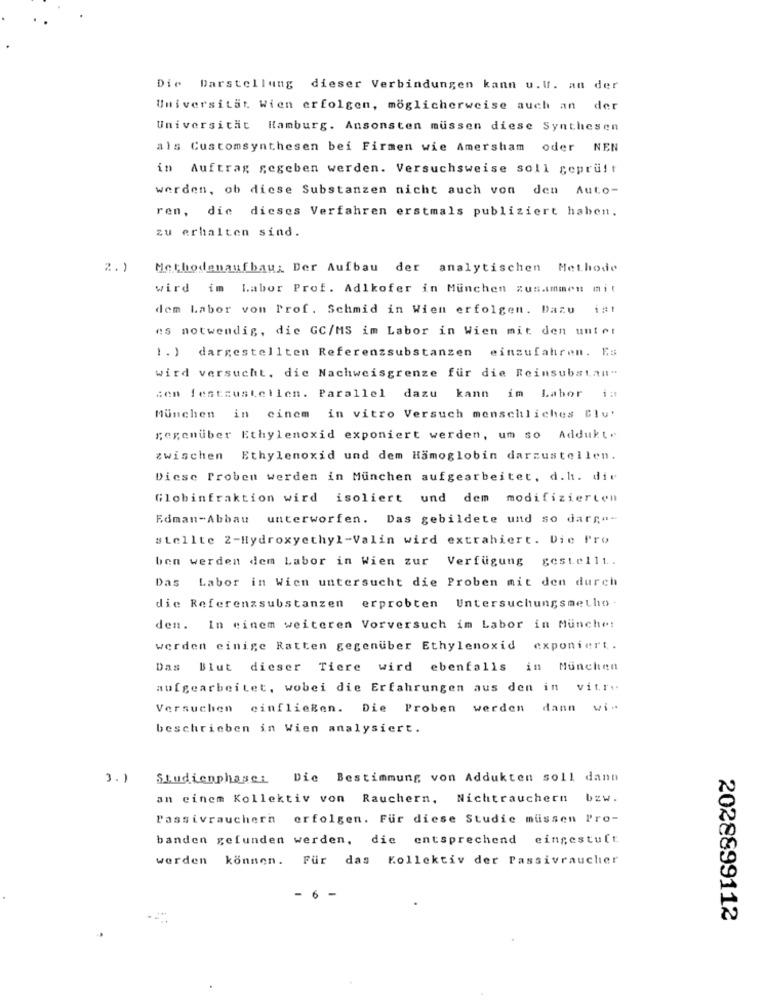
Die Darstellung dieser Verbindungen kann u.u. an der
Universität Wien erfolgen, möglicherweise auch an der
Universität Hamburg. Ansonsten mussen diese Synthesen
als Customsynthesen bei Firmen wie Amersham oder NEN
in
Auftrag gegeben werden. Versuchsweise soll geprüft
werden, ob diese Substanzen nicht auch von den Auto-
ren, die dieses Verfahren erstmals publiziert haben.
zu erhalten sind.
2.)
Methodenaufbau; Der Aufbau der analytischen Methode
wird im Labor Prof. Adlkofer in Munchen zusammen mit
dem Labor von Prof. Schmid in Wien erfolgen. Dazu ist
es notwendig, die GC/MS im Labor in Wien mit den unter
1. ) dargestellten Referenzsubstanzen einsufahren. Es
wird versucht, die Nachweisgrenze für die Reinsubstan"
con festzustellen. Parallel dazu kann im Labor ia
München in cinem in vitro Versuch menschliches Clu'
gegenüber Ethylenoxid exponiert werden, um so Addukt.
zwischen Ethylenoxid und dem Hämoglobin darzustellen.
Diese Proben werden in München aufgearbeitet, d.h. die
Globinfraktion wird isoliert und dem modifizierten
Edman-Abbau unterworfen. Das gebildete und so dar;"-
stellte 2-Hydroxyethyl-Valin wird extrahiert. Die Pro
ben werden dem Labor in Wien zur Verfügung gestellt.
Das
Labor in Wien untersucht die Proben mit den durch
die Referenzsubstanzen
erprobten Untersuchungsmetho
den. In einem weiteren Vorversuch im Labor in Munche!
werden einige Ratten gegenüber Ethylenoxid
exponiert.
Das Blut dieser Tiere wird ebenfalls in Munchen
aufgearbeitet, wobei die Erfahrungen aus den in vitry
Versuchen einfließen.
Die Proben werden dann
wi ..
beschrieben in Wien analysiert.
3.1
Studienphase: Die Bestimmung von Addukten soll dann
an cinem Kollektiv von Rauchern, Nichtrauchern
bzw.
Passivrauchern erfolgen. Für diese Studie mussen Pro-
banden gefunden werden, die entsprechend eingestuft
werden können. Für das Kollektiv der Passivraucher
6
2028899112